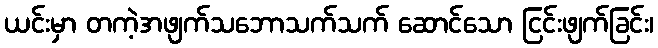
ယင်းမှာ တကဲ့အဖျက်သဘောသက်သက် ဆောင်သော ငြင်းဖျက်ခြင်း၊